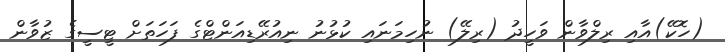
(ހޮކޭ)އާއި ރިލްވާން ވަހީދު (ރިލޭ) ނުހިމަނައި ކުޅުނު ނިއުރޭޑިއަންޓްގެ ފަހަތަށް ޓީސީގެ ޒުވާން